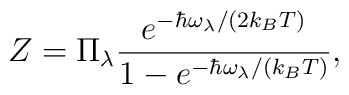
Z = \Pi_{\lambda}\frac{e^{-\hbar\omega_{\lambda}/(2k_B T)}}{1-e^{-\hbar\omega_{\lambda}/(k_B T)}},